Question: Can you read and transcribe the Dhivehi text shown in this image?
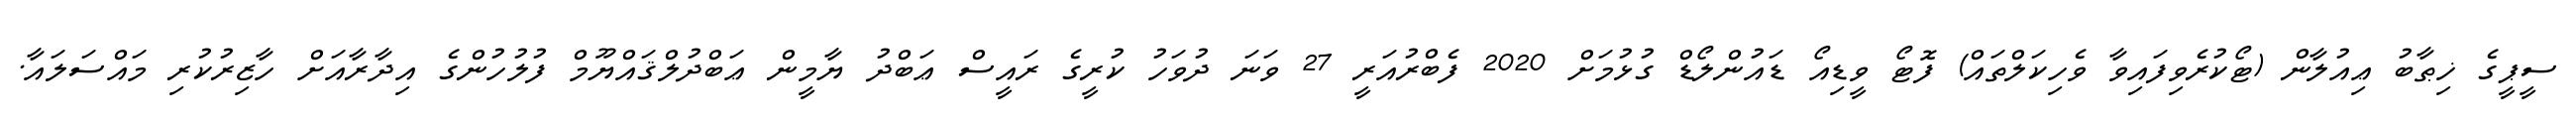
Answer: ސީޕީގެ ޚިޠާބު ޢިއުލާން (ޓޯކުރެވިފައިވާ ވެހިކަލްތައް) ފޮޓޯ ވީޑިއޯ ޑައުންލޯޑް ގުޅުމަށް 2020 ފެބްރުއަރީ 27 ވަނަ ދުވަހު ކުރީގެ ރައީސް ޢަބްދު ޔާމީން ޢަބްދުލްޤައްޔޫމް ފުލުހުންގެ އިދާރާއަށް ހާޒިރުކުރި މައްސަލައާ.